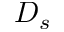
D _ { s }